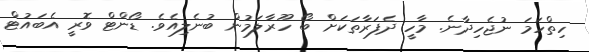
ހިތްހަމަ ނުޖެހިދާނެ. މާހީ ދެފަރާތަކަށް ބޯ ހޫރާލަމުން ބުނެލިއެވެ. ޑޯންޓް ވޮރީ އެބައުޓް